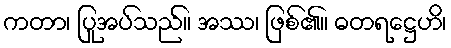
ကတာ၊ ပြုအပ်သည်။ အဿ၊ ဖြစ်၏။ ဓတရဋ္ဌေဟိ၊